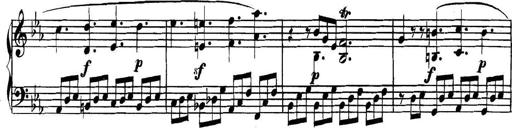
Title: Collected Piano Sonatas
Composer: Muzio Clementi